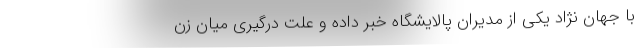
با جهان نژاد یکی از مدیران پالایشگاه خبر داده و علت درگیری میان زن